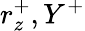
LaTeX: r_{z}^{+},Y^{+}